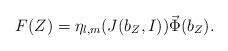
LaTeX: \begin{align*} F(Z)=\eta_{l,m}(J(b_Z, I))\vec\Phi(b_Z).\end{align*}